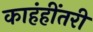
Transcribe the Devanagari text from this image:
काहंहींतरी